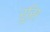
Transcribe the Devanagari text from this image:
रुसि